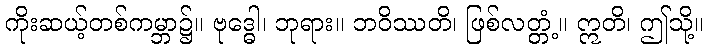
ကိုးဆယ့်တစ်ကမ္ဘာ၌။ ဗုဒ္ဓေါ၊ ဘုရား။ ဘဝိဿတိ၊ ဖြစ်လတ္တံ့။ ဣတိ၊ ဤသို့။